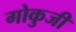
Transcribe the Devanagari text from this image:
गोकुजी